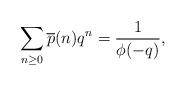
LaTeX: \begin{align*}\sum_{n\geq0}\overline{p}(n)q^n=\frac{1}{\phi(-q)},\end{align*}